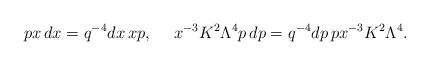
LaTeX: \begin{align*}px\,dx=q^{-4}dx\,xp,\ \ \ \ x^{-3}K^2\Lambda^4p\,dp=q^{-4}dp\,px^{-3}K^2\Lambda^4.\end{align*}